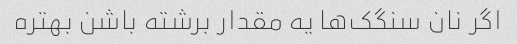
اگر نان سنگک‌ها یه مقدار برشته باشن بهتره